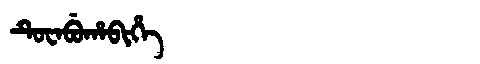
Manchu: ᡨᡠᠸᠠᠪᡠᡥᠠᠪᡳᡥᡝ
Romanization: TUWABUHABIHE